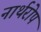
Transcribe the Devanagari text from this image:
नार्थरोप